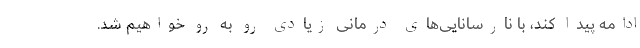
ادامه پیدا کند، با نارسانایی‌های درمانی زیادی رو به رو خواهیم شد.